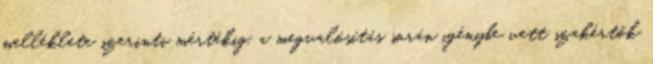
melléklete szerinti mértékig, a megvalósítás során igénybe vett szakértők